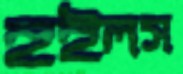
হুইলস